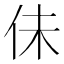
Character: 佅